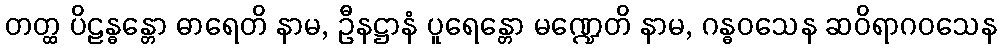
တတ္ထ ပိဠန္ဓန္တော ဓာရေတိ နာမ, ဦနဋ္ဌာနံ ပူရေန္တော မဏ္ဍေတိ နာမ, ဂန္ဓဝသေန ဆဝိရာဂဝသေန